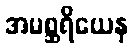
အမစ္ဆရိယေန